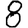
Digit: 8